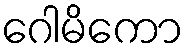
ဂေါမိကော